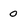
Character: 0